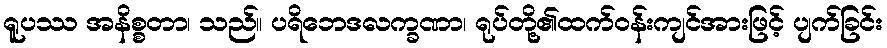
ရူပဿ အနိစ္စတာ၊ သည်။ ပရိဘေဒလက္ခဏာ၊ ရုပ်တို့၏ထက်ဝန်းကျင်အားဖြင့် ပျက်ခြင်း